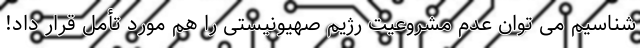
شناسیم می توان عدم مشروعیت رژیم صهیونیستی را هم مورد تأمل قرار داد!